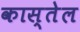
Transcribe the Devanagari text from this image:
कास्तेल